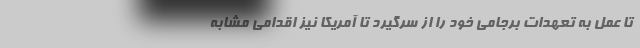
تا عمل به تعهدات برجامی خود را از سرگیرد تا آمریکا نیز اقدامی مشابه